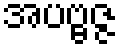
အပဗ္ဗဇ္ဇ